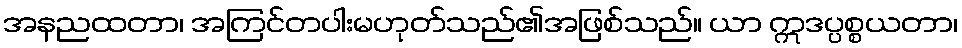
အနညထတာ၊ အကြင်တပါးမဟုတ်သည်၏အဖြစ်သည်။ ယာ ဣဒပ္ပစ္စယတာ၊